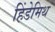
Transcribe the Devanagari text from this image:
हिंडेमिथ